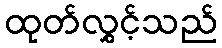
ထုတ်လွှင့်သည်